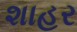
શાહર